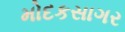
મોદકસાગર